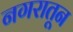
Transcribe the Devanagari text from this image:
नगरातून